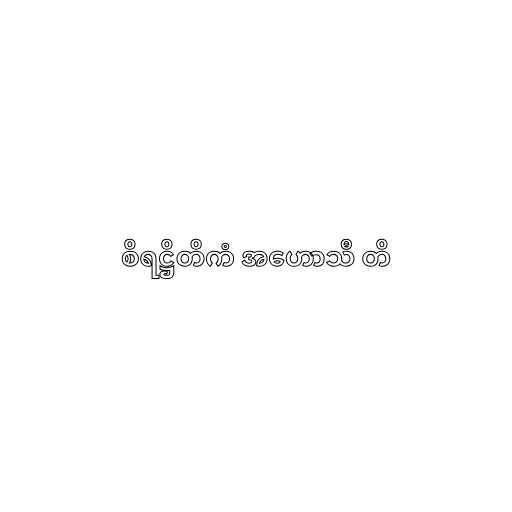
စိရဋ္ဌိတိကံ အဟောသီ တိ